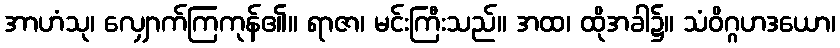
အာဟံသု၊ လျှောက်ကြကုန်၏။ ရာဇာ၊ မင်းကြီးသည်။ အထ၊ ထိုအခါ၌။ သံဝိဂ္ဂဟဒယော၊